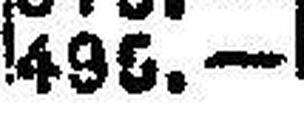
495.—